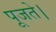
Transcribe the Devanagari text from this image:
पूजते।